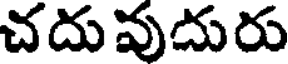
చదువుదురు